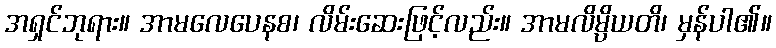
အရှင်ဘုရား။ အာမလေပေနစ၊ လိမ်းဆေးဖြင့်လည်း။ အာမလိမ္ပိယတိ၊ မှန်ပါ၏။